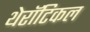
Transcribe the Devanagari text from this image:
थेरॉटिकल